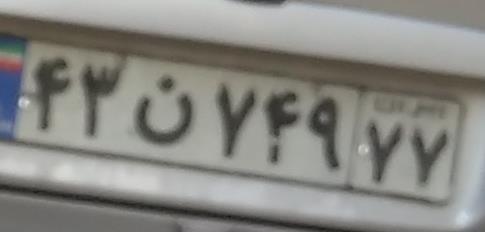
۴۳ن۷۴۹۷۷